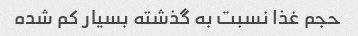
حجم غذا نسبت به گذشته بسیار کم شده